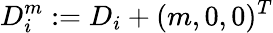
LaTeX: D_{i}^{m}:=D_{i}+(m,0,0)^{T}